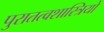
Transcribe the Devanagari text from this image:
पुरातत्‍वशास्त्रियों